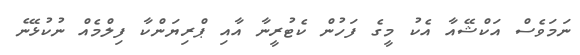
ނަމަވެސް އަކްޝޭއާ އެކު މީގެ ފަހުން ކެޓުރީނާ އާއި ޕްރިޔަންކާ ފިލްމެއް ނުކުޅޭނެ